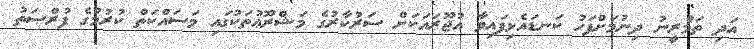
އަދި ތަމްރީނު ދިނުމަށްފަހު ކަނޑައެޅިފައިވާ އުޖޫރައަކަށް ސަރުކާރުގެ މަޝްރޫޢުތަކުގައި މަސައްކަތް ކުރުމުގެ ފުރްޞަތު